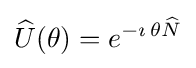
{\widehat {U}}(\theta )=e^{-\imath \,\theta {\widehat {N}}}